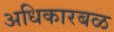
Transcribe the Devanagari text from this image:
अधिकारबळ